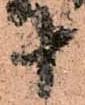
十